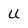
Character: U